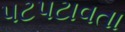
પટપટાવતા